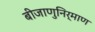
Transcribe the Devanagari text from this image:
बीजाणुनिर्माण